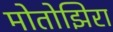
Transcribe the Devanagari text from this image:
मोतोझिरा